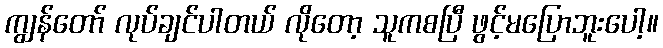
ကျွန်တော် လုပ်ချင်ပါတယ် လိုတော့ သူကစပြီ ဖွင့်မပြောဘူးပေါ့။